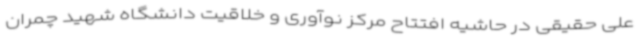
علی حقیقی در حاشیه افتتاح مرکز نوآوری و خلاقیت دانشگاه شهید چمران